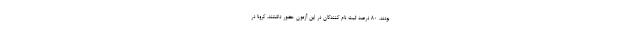
بودند. ۸۰ درصد ثبت نام کنندگان در این آزمون حضور داشتند. کرونا در